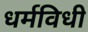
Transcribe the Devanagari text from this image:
धर्मविधी